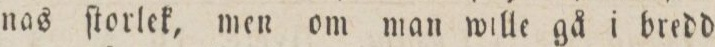
nas ſtorlek, men om man wille gå i bredd